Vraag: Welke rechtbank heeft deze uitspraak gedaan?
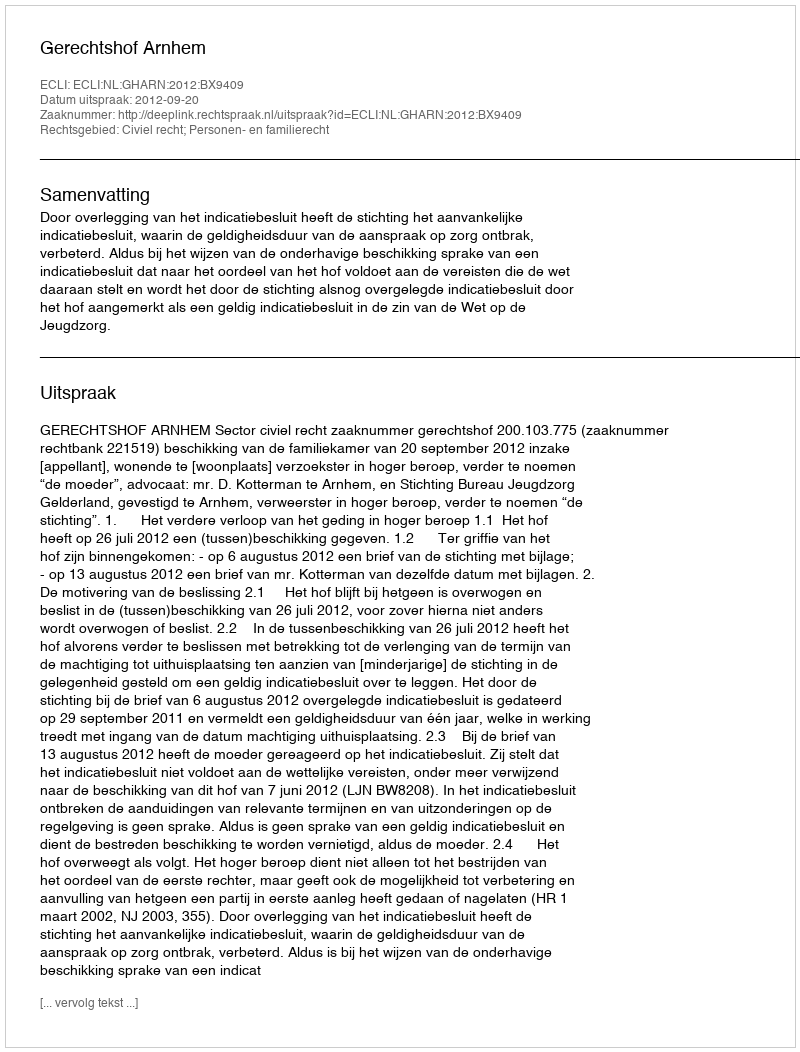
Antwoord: Gerechtshof Arnhem